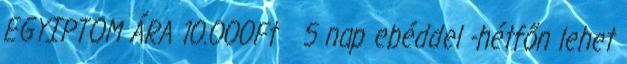
EGYIPTOM ÁRA 10.000Ft 5 nap ebéddel -hétfőn lehet